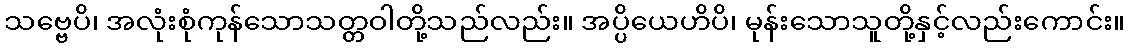
သဗ္ဗေပိ၊ အလုံးစုံကုန်သောသတ္တဝါတို့သည်လည်း။ အပ္ပိယေဟိပိ၊ မုန်းသောသူတို့နှင့်လည်းကောင်း။